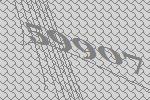
59907